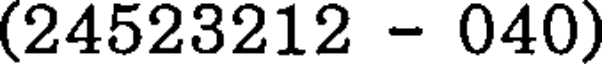
(24523212 - 040)